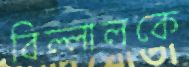
বিল্লালকে